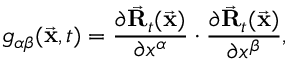
g _ { \alpha \beta } ( \vec { \bf x } , t ) = \frac { \partial \vec { \bf R } _ { t } ( \vec { \bf x } ) } { \partial x ^ { \alpha } } \cdot \frac { \partial \vec { \bf R } _ { t } ( \vec { \bf x } ) } { \partial x ^ { \beta } } ,